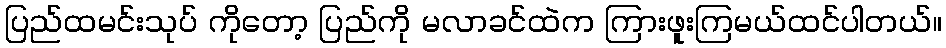
ပြည်ထမင်းသုပ် ကိုတော့ ပြည်ကို မလာခင်ထဲက ကြားဖူးကြမယ်ထင်ပါတယ်။